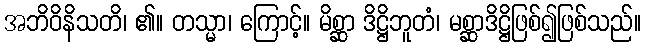
အဘိဝိနိသတိ၊ ၏။ တသ္မာ၊ ကြောင့်။ မိစ္ဆာ ဒိဋ္ဌိဘူတံ၊ မစ္ဆာဒိဋ္ဌိဖြစ်၍ဖြစ်သည်။